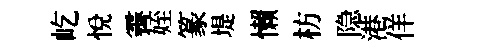
屹悅霽姪篆堤懒枋隐港佯